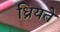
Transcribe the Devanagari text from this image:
ध्रियते